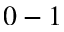
0 - 1